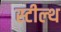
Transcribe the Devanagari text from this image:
स्‍टील्‍थ